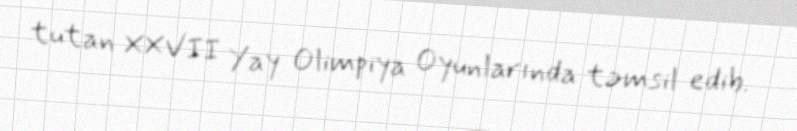
tutan XXVII Yay Olimpiya Oyunlarında təmsil edib.